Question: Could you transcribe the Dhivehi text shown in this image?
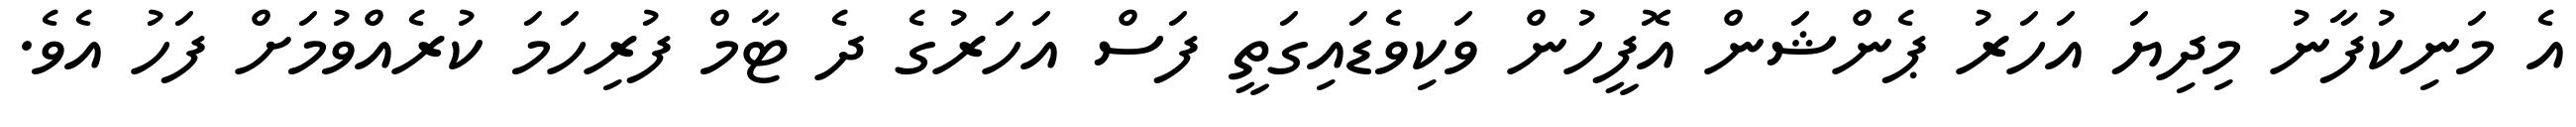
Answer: އެ މަނިކުފާނު މިދިޔަ އަހަރު ޕެންޝަން އޮފީހުން ވަކިވެޑައިގަތީ ފަސް އަހަރުގެ ދެ ޓާމް ފުރިހަމަ ކުރެއްވުމަށް ފަހު އެވެ.